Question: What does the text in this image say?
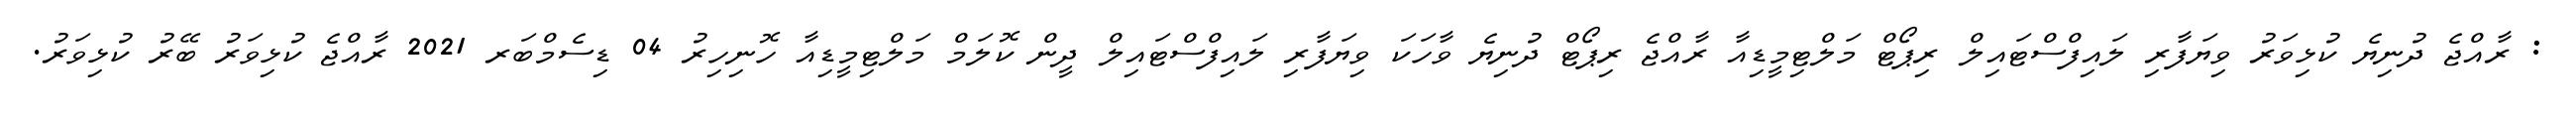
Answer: : ރާއްޖެ ދުނިޔެ ކުޅިވަރު ވިޔަފާރި ލައިފްސްޓައިލް ރިޕޯޓް މަލްޓިމީޑިއާ ރާއްޖެ ރިޕޯޓް ދުނިޔެ ވާހަކަ ވިޔަފާރި ލައިފްސްޓައިލް ދީން ކޮލަމް މަލްޓިމީޑިއާ ހޮނިހިރު 04 ޑިސެމްބަރ 2021 ރާއްޖެ ކުޅިވަރު ބޭރު ކުޅިވަރު.